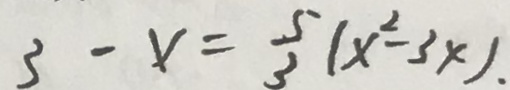
3 - x = \frac { 5 } { 3 } ( x ^ { 2 } - 3 x ) .